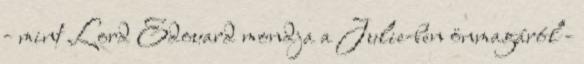
- mint Lord Edouard mondja a Julie-ben önmagáról -